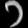
Digit: ၁